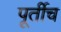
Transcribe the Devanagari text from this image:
पूर्तीच